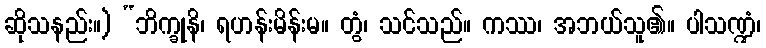
ဆိုသနည်း။) “ဘိက္ခုနိ၊ ရဟန်းမိန်းမ။ တွံ၊ သင်သည်။ ကဿ၊ အဘယ်သူ၏။ ပါသဏ္ဍံ၊